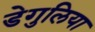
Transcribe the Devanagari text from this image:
डेगुलिया